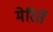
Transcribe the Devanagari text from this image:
मेरितें